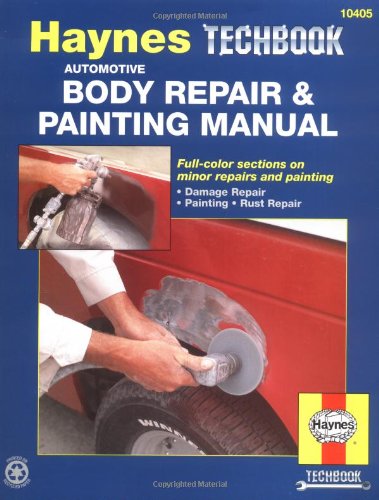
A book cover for The Haynes Automotive Body Repair & Painting Manual; John Haynes; Engineering & Transportation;